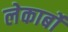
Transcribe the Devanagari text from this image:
लेकार्बों